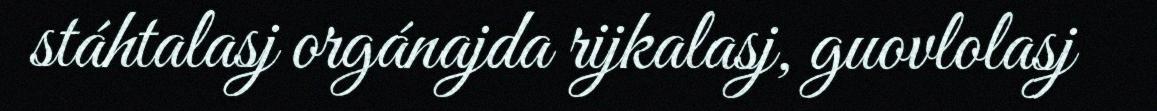
stáhtalasj orgánajda rijkalasj, guovlolasj